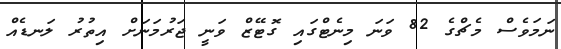
ނަމަވެސް މެޗްގެ 82 ވަނަ މިނެޓްގައި ގޮޓޭޒް ވަނީ ޖަރުމަނަށް އިތުރު ލަނޑެއް